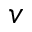
v